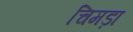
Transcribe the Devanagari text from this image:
चिमड़ा